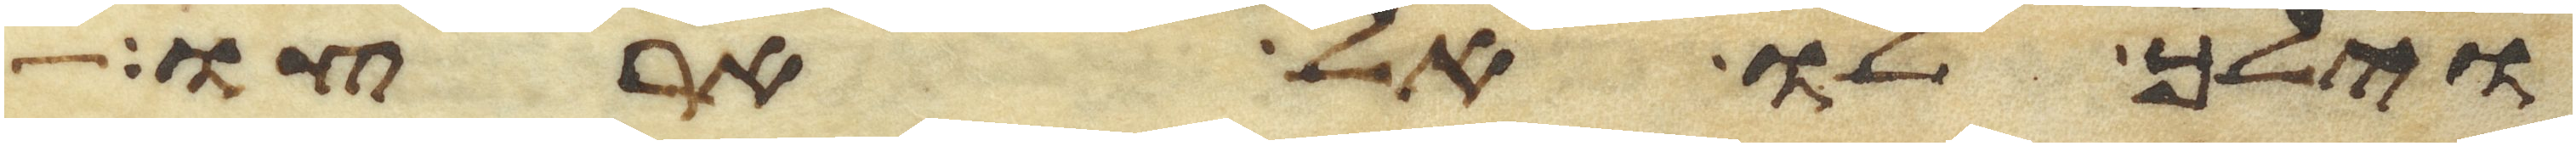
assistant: וילך לו אל ארצו